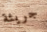
جريئة